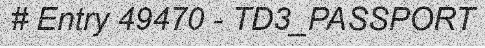
# Entry 49470 - TD3_PASSPORT